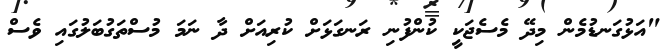
"އަޅުގަނޑުމެން މިދޭ މެސެޖަކީ ކުންފުނި ރަނގަޅަށް ކުރިއަށް ދާ ނަމަ މުސްތަގުބަލުގައި ވެސް